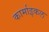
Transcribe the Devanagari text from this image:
कार्माइकल